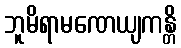
ဘူမိရာမဏေယျကန္တိ